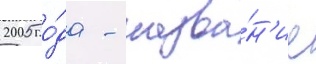
2005 го́да - назва́н'ие